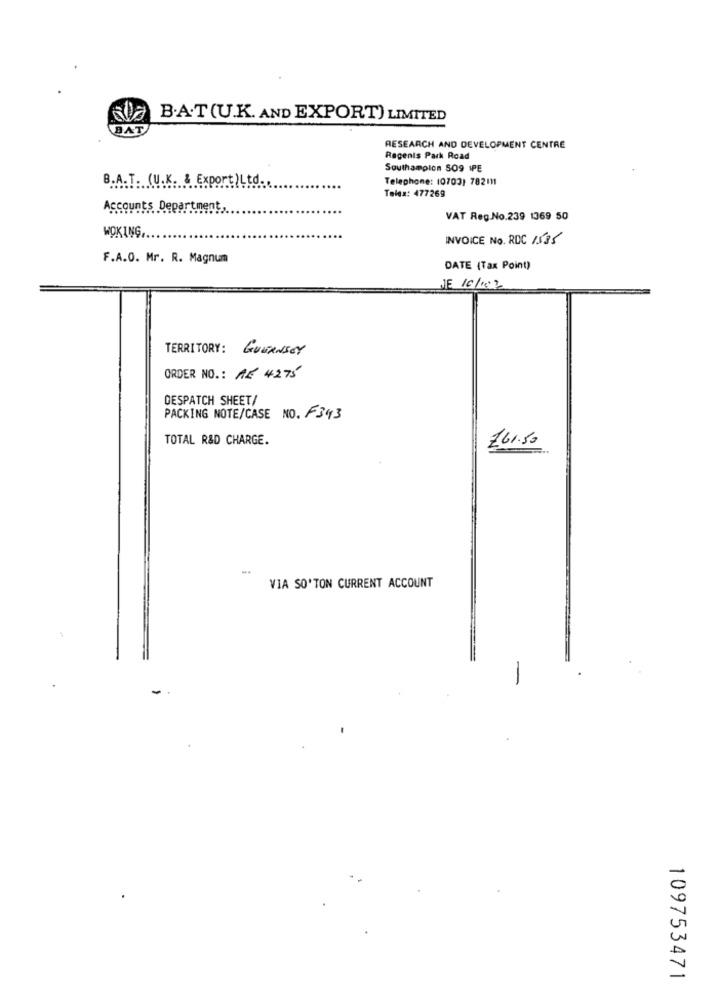
B.A.T(U.K. AND EXPORT) LIMITED
BAT
RESEARCH AND DEVELOPMENT CENTRE
Regents Park Road
Southampton 509 IPE
B.A.T. (U.K. &
.:..... Export )Ltd.
Telephone: (0703) 782111
Tales: 477269
Accounts Department
VAT Reg.No.239 1369 50
WOKING,
INVOICE No. RDC 1535
F.A.O. Mr. R. Magnum
DATE (Tax Point)
JE 16/107
TERRITORY: GUERNSEY
ORDER NO. : AE 4275
DESPATCH SHEET/
PACKING NOTE/CASE NO. F343
TOTAL R&D CHARGE.
161.50
VIA SO'TON CURRENT ACCOUNT
-
109753471